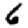
Digit: 6